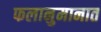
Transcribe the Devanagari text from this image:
फलानुमानात